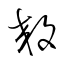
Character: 效